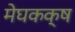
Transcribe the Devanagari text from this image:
मेघकक्ष